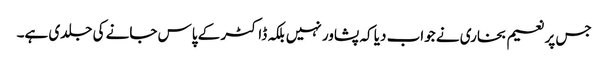
جس پر نعیم بخاری نے جواب دیا کہ پشاور نہیں بلکہ ڈاکٹر کے پاس جانے کی جلدی ہے۔